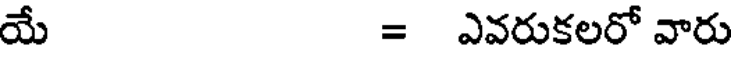
యే = ఎవరుకలరో వారు